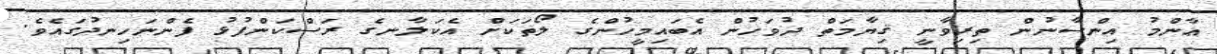
ޢާންމު އިންސާނުން ތިރިވާނީ ޤިޔާމަތް ދުވަހުން އެބައިމީހުންގެ ލޯތަކަށް އެކަލާނގެ ރަސްކަންފުޅު ފެންނަހިނދުގައެވެ.